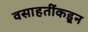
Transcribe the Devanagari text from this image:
वसाहतींकडून